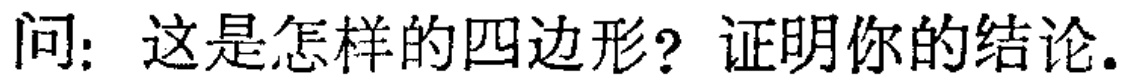
问：这是怎样的四边形？证明你的结论。